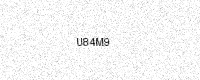
Text: U84M9